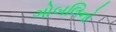
ગોબલિનો